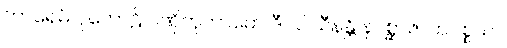
ကာရေမိ ပုတောဠိ ဂဏှိတုကာမော ဒီပဝါသီနန္တိ နပစ္ဆာဇာတပစ္စယာ